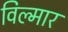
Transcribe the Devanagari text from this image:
विल्मार